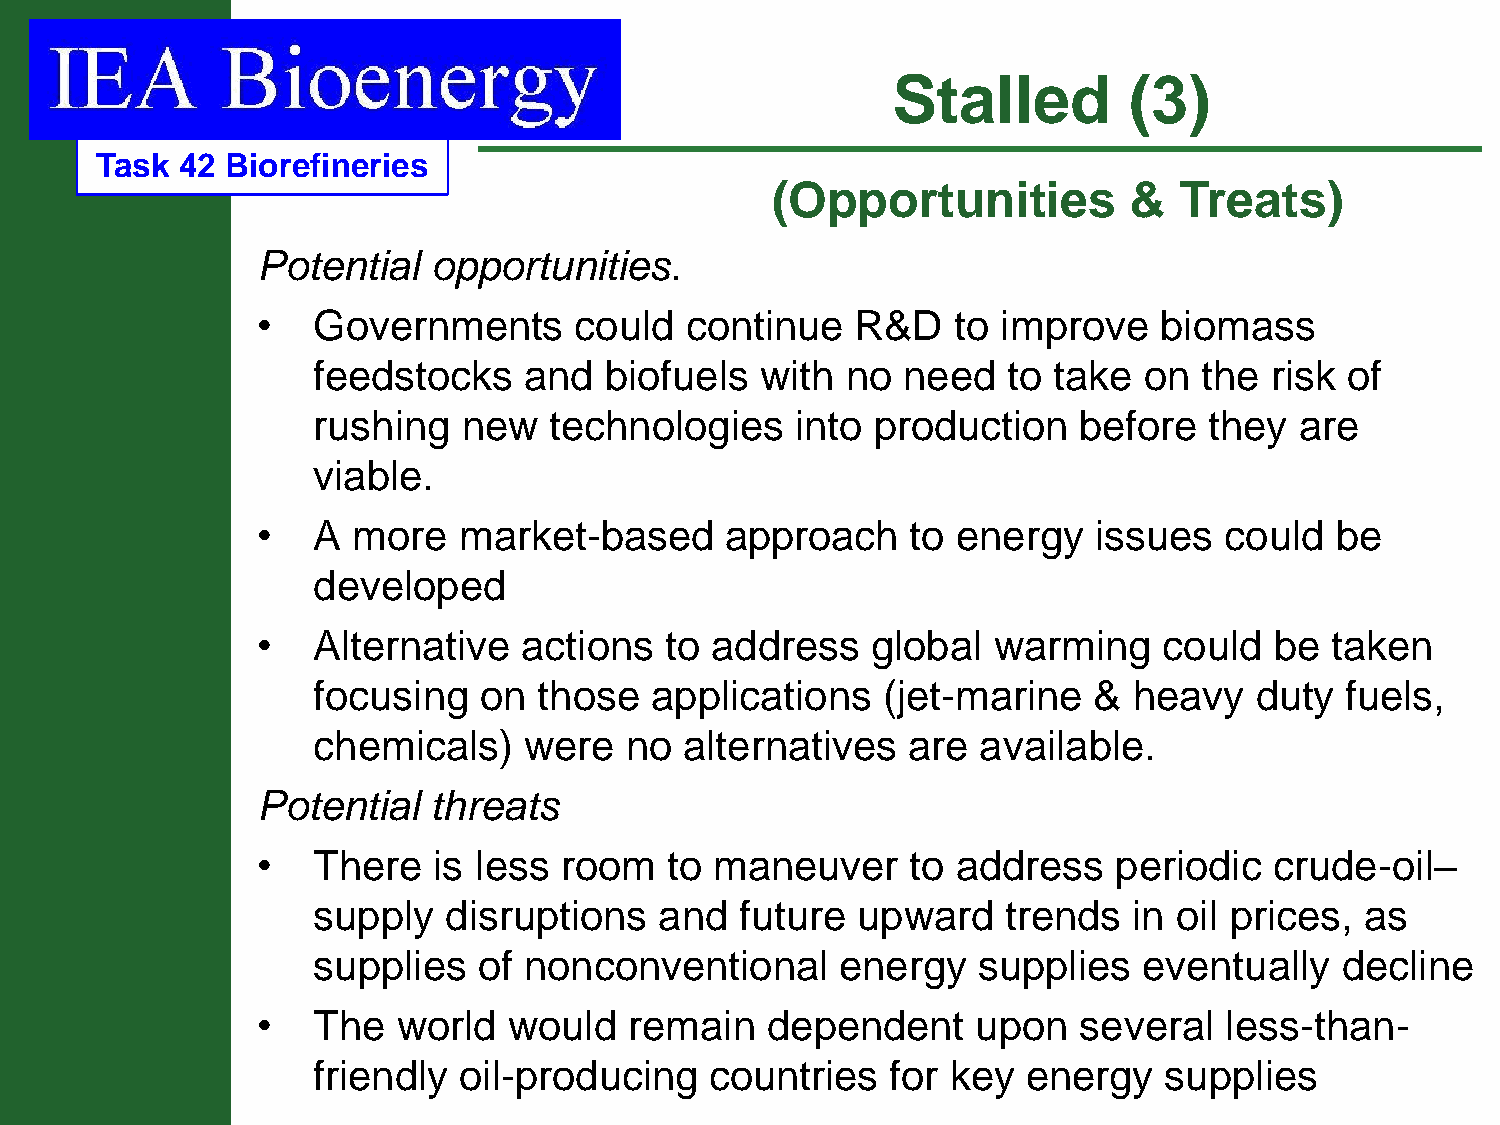
Stalled         (3)
 Task  42 Biorefineries
 (Opportunities          &  Treats)
 Potential   opportunities.
 •   Governments      could  continue    R&D   to improve    biomass
 feedstocks    and  biofuels  with  no  need   to take  on  the risk of
 rushing   new  technologies     into production   before   they  are
 viable.
 •   A more   market-based      approach    to energy   issues   could  be
 developed
 •   Alternative   actions  to address    global  warming    could  be  taken
 focusing   on  those  applications   (jet-marine   &  heavy   duty  fuels,
 chemicals)    were  no  alternatives   are  available.
 Potential   threats
 •   There   is less room   to maneuver     to address    periodic  crude-oil–
 supply  disruptions    and  future  upward    trends  in oil prices, as
 supplies   of nonconventional      energy   supplies   eventually   decline
 •   The  world   would   remain   dependent     upon  several   less-than-
 friendly oil-producing    countries   for key  energy   supplies